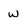
Character: w